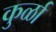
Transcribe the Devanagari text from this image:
कुर्ळा